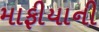
માફીયાની